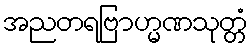
အညတရဗြာဟ္မဏသုတ္တံ